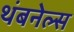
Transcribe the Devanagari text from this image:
थंबनेल्स